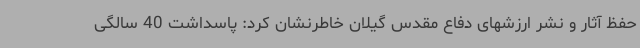
حفظ آثار و نشر ارزشهای دفاع مقدس گیلان خاطرنشان کرد: پاسداشت 40 سالگی